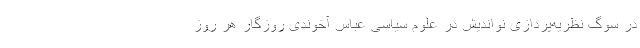
در سوگ نظریه‌پردازی نواندیش در علوم سیاسی عباس آخوندی روزگار هر روز